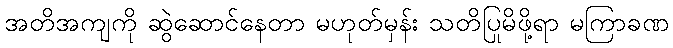
အတိအကျကို ဆွဲဆောင်နေတာ မဟုတ်မှန်း သတိပြုမိဖို့ရာ မကြာခဏ